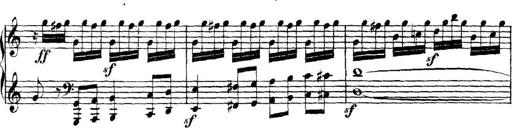
Title: Collected Piano Sonatas
Composer: Muzio Clementi